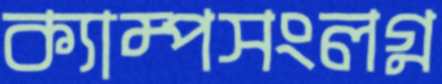
ক্যাম্পসংলগ্ন